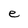
Character: e